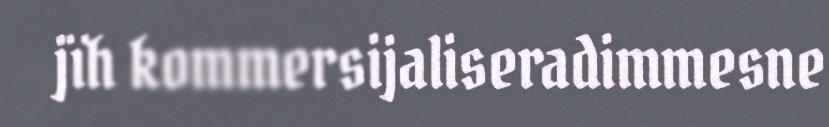
jïh kommersijaliseradimmesne